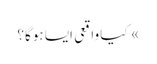
» کیا واقعی ایسا ہوگا؟